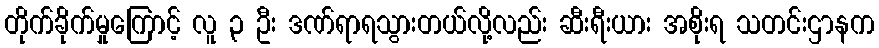
တိုက်ခိုက်မှုကြောင့် လူ ၃ ဦး ဒဏ်ရာရသွားတယ်လို့လည်း ဆီးရီးယား အစိုးရ သတင်းဌာနက